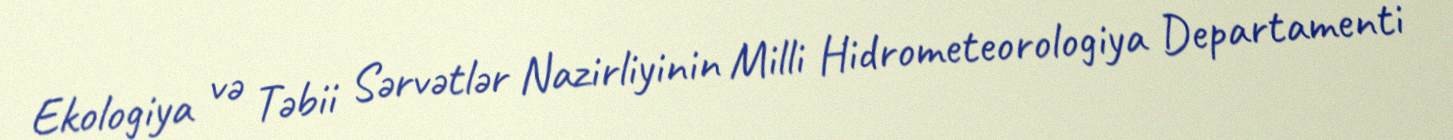
Ekologiya və Təbii Sərvətlər Nazirliyinin Milli Hidrometeorologiya Departamenti